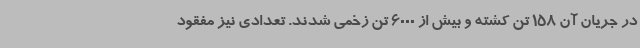
در جریان آن 158 تن کشته و بیش از 6000 تن زخمی شدند. تعدادی نیز مفقود